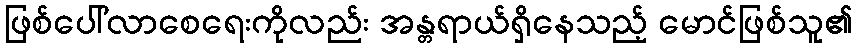
ဖြစ်ပေါ်လာစေရေးကိုလည်း အန္တရာယ်ရှိနေသည့် မောင်ဖြစ်သူ၏